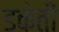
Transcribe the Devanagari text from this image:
डकेती